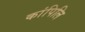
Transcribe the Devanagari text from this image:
कांपिलि